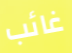
غائب